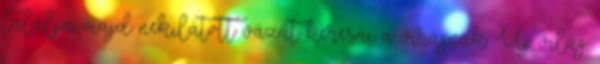
találja, majd nekilátott vázát keresni a virágnak. Új világ